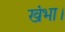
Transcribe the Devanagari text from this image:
खंभा।